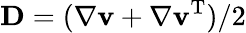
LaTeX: \mathbf{D}=(\nabla\mathbf{v}+\nabla\mathbf{v}^{\mathrm{T}})/2